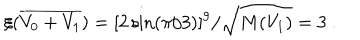
LaTeX: \xi ( { \overline { { { V _ { 0 } + V _ { 1 } } } } } ) = [ 2 \sin ( \pi / 3 ) ] ^ { 9 } / { \sqrt { M ( V _ { 1 } ) } } = 3 ~ .